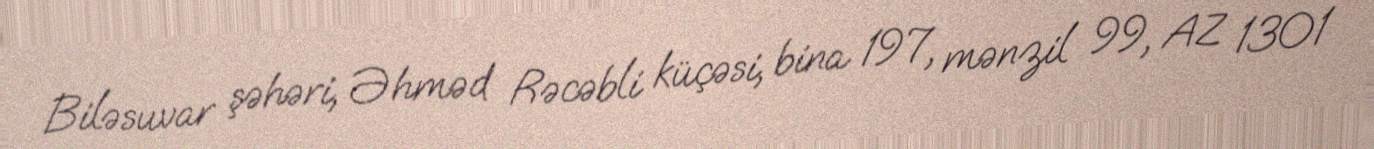
Biləsuvar şəhəri, Əhməd Rəcəbli küçəsi, bina 197, mənzil 99, AZ 1301